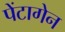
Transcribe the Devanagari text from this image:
पेंटागेन